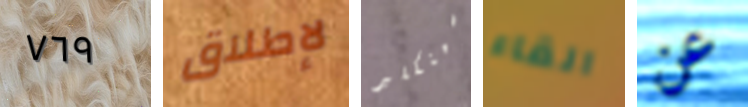
٧٦٩ لإطلاق سينكلير القاء عن